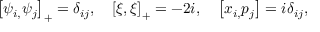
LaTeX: \left[ \psi _ { i , } \psi _ { j } \right] _ { + } = \delta _ { i j } , \quad \left[ \xi , \xi \right] _ { + } = - 2 i , \quad \left[ x _ { i , } p _ { j } \right] = i \delta _ { i j } ,